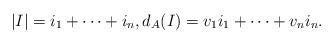
LaTeX: \begin{align*} |I| = i_1 + \dots + i_n , d_A (I) = v_1 i_1 + \dots + v_n i_n.\end{align*}